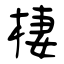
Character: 棲